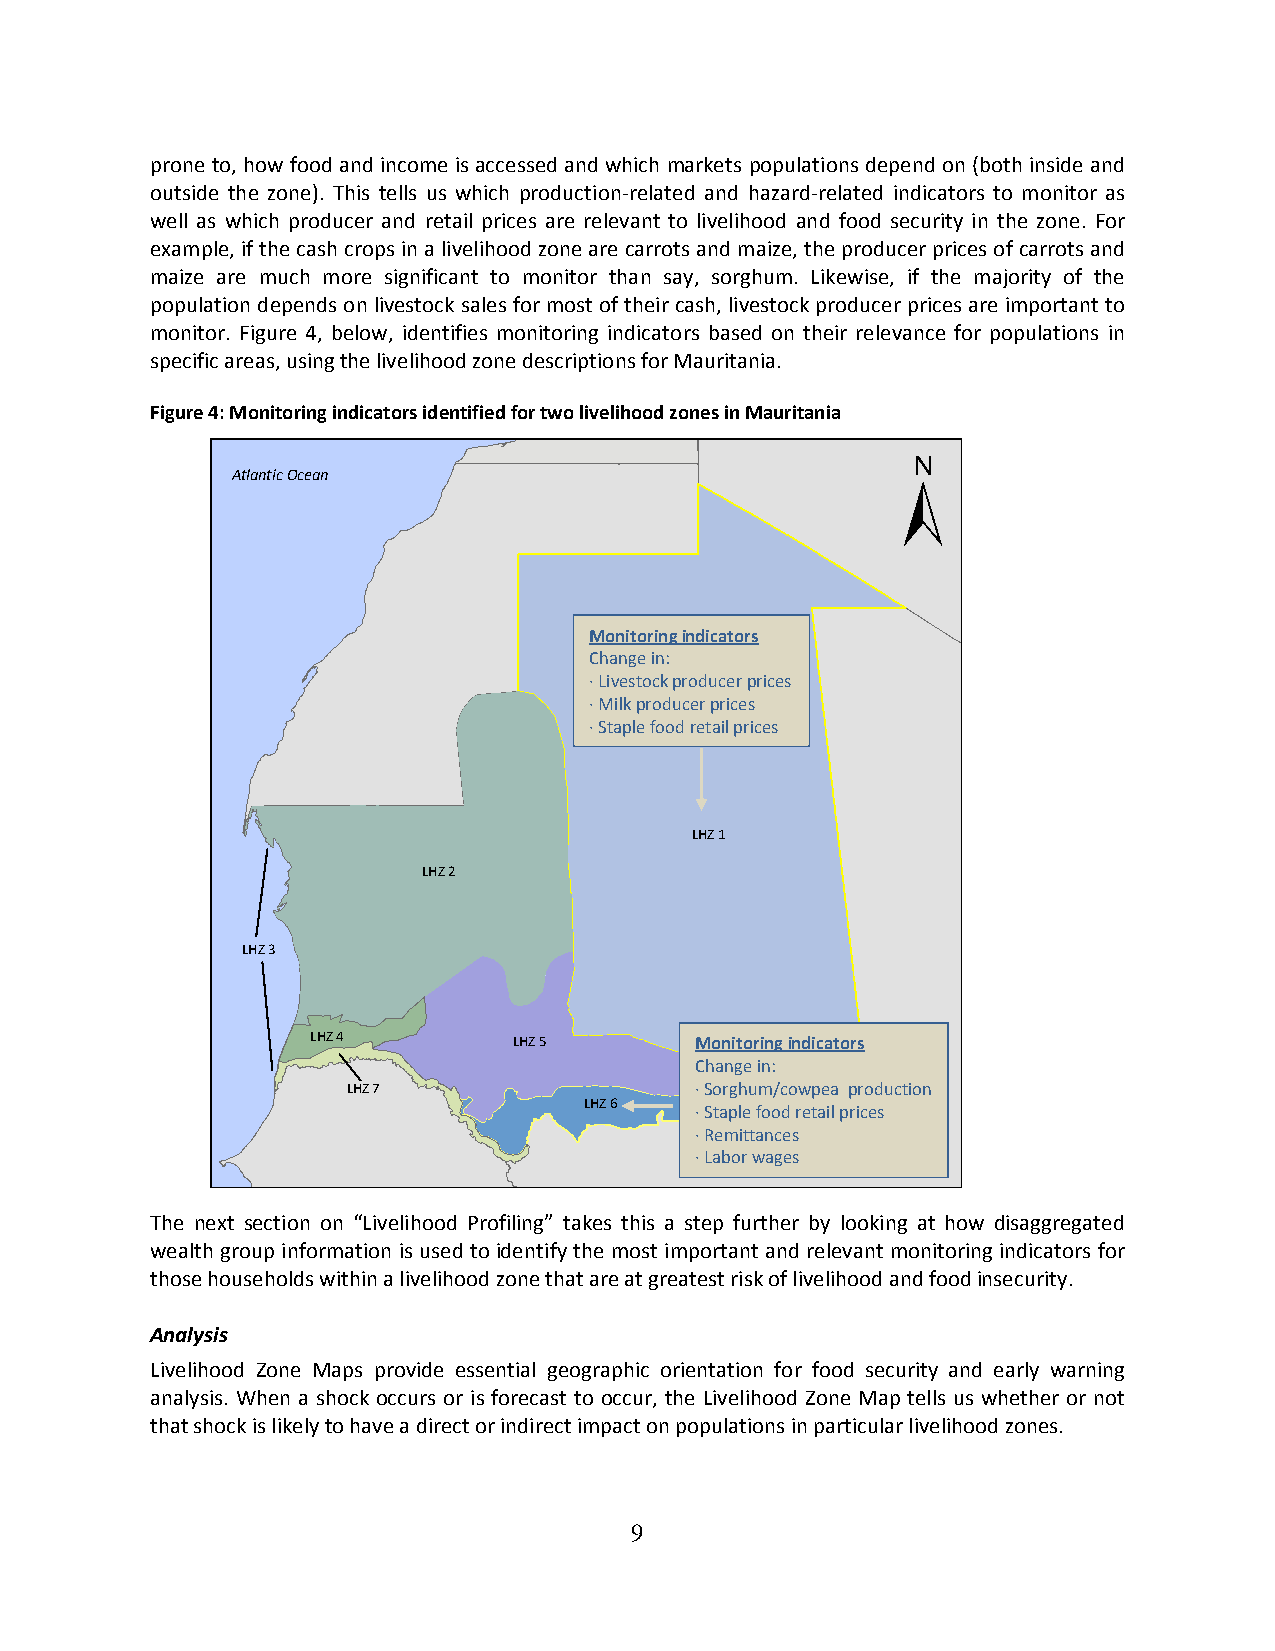
prone to, how food and income is accessed and which markets populations depend on (both inside and
 outside the zone). This tells us which production‐related and hazard‐related indicators to monitor as
 well as which producer and retail prices are relevant to livelihood and food security in the zone. For
 example, if the cash crops in a livelihood zone are carrots and maize, the producer prices of carrots and
 maize are much more significant to monitor than say, sorghum. Likewise, if the majority of the
 population depends on livestock sales for most of their cash, livestock producer prices are important to
 monitor. Figure 4, below, identifies monitoring indicators based on their relevance for populations in
 specific areas, using the livelihood zone descriptions for Mauritania.
 Figure 4: Monitoring indicators identified for two livelihood zones in Mauritania
 Atlantic Ocean
 Monitoring indicators
 Change in:
 ∙ Livestock producer prices
 ∙ Milk producer prices
 ∙ Staple food retail prices
 LHZ 1
 LHZ 2
 LHZ 3
 LHZ 4        LHZ 5       Monitoring indicators
 Change in:
 LHZ 7                  ∙ Sorghum/cowpea production
 LHZ 6
 ∙ Staple food retail prices
 ∙ Remittances
 ∙ Labor wages
 The next section on “Livelihood Profiling” takes this a step further by looking at how disaggregated
 wealth group information is used to identify the most important and relevant monitoring indicators for
 those households within a livelihood zone that are at greatest risk of livelihood and food insecurity.
 Analysis
 Livelihood Zone Maps provide essential geographic orientation for food security and early warning
 analysis. When a shock occurs or is forecast to occur, the Livelihood Zone Map tells us whether or not
 that shock is likely to have a direct or indirect impact on populations in particular livelihood zones.
 9